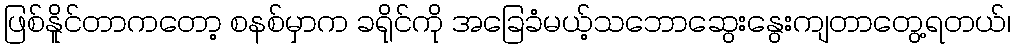
ဖြစ်နိူင်တာကတော့ စနစ်မှာက ခရိုင်ကို အခြေခံမယ့်သဘောဆွေးနွေးကျတာတွေ့ရတယ်၊